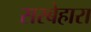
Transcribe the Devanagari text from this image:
सरबेहारा